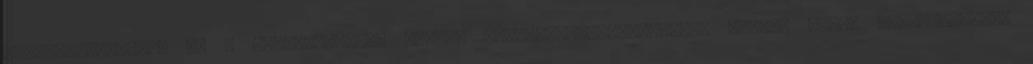
körömlakkozáshoz és a sminkeléshez, hiszen vibrálóbbnál-vibrálóbb színek közül válogathatsz,